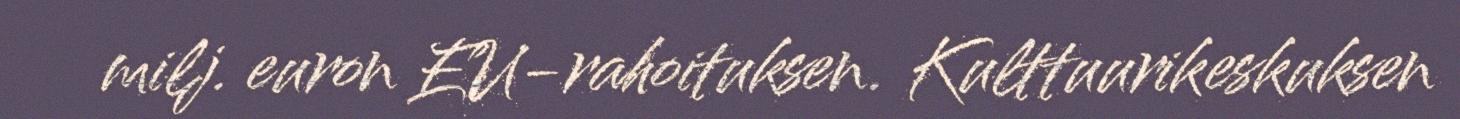
milj. euron EU-rahoituksen. Kulttuurikeskuksen